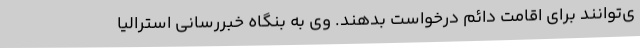
ی‌توانند برای اقامت دائم درخواست بدهند. وی به بنگاه خبررسانی استرالیا